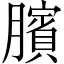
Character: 臏